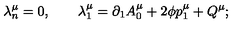
\lambda _ { n } ^ { \mu } = 0 , \qquad \lambda _ { 1 } ^ { \mu } = \partial _ { 1 } A _ { 0 } ^ { \mu } + 2 \phi p _ { 1 } ^ { \mu } + Q ^ { \mu } ;